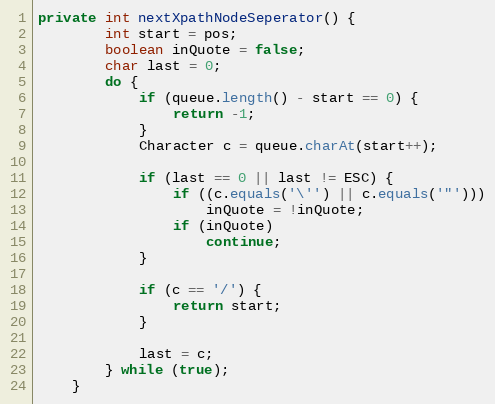
Language: Java
private int nextXpathNodeSeperator() {
        int start = pos;
        boolean inQuote = false;
        char last = 0;
        do {
            if (queue.length() - start == 0) {
                return -1;
            }
            Character c = queue.charAt(start++);

            if (last == 0 || last != ESC) {
                if ((c.equals('\'') || c.equals('"')))
                    inQuote = !inQuote;
                if (inQuote)
                    continue;
            }

            if (c == '/') {
                return start;
            }

            last = c;
        } while (true);
    }